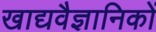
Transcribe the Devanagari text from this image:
खाद्यवैज्ञानिकों